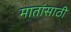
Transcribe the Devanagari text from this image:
मातांसाठी